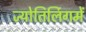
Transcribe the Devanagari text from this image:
ज्योतिर्लिगमें